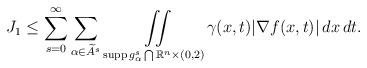
LaTeX: \begin{align*}J_{1} \le \sum\limits_{s=0}^{\infty}\sum\limits_{\alpha \in \widetilde{A}^{s}}\hbox{ }\iint\limits_{\operatorname{supp}g^{s}_{\alpha} \bigcap \mathbb{R}^{n} \times (0,2)}\gamma(x,t)|\nabla f(x,t)|\,dx\,dt.\end{align*}